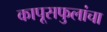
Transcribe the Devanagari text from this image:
कापूसफुलांचा